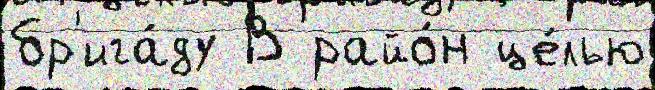
бр'ига́ду В райо́н це́лью